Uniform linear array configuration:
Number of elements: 4
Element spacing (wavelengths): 0.5
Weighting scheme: hann
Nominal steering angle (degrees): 60
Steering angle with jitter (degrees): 60.226
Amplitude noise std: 0.05
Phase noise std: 0.05

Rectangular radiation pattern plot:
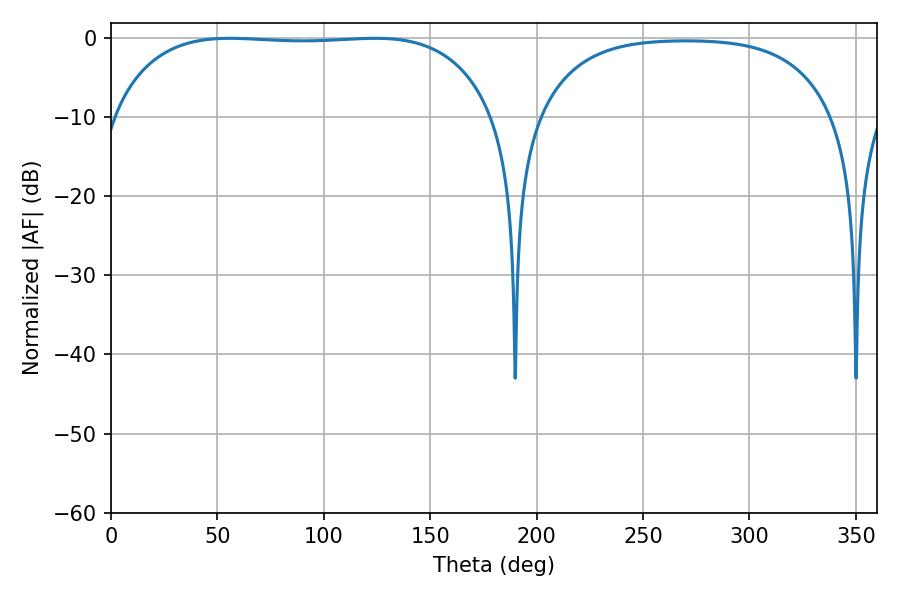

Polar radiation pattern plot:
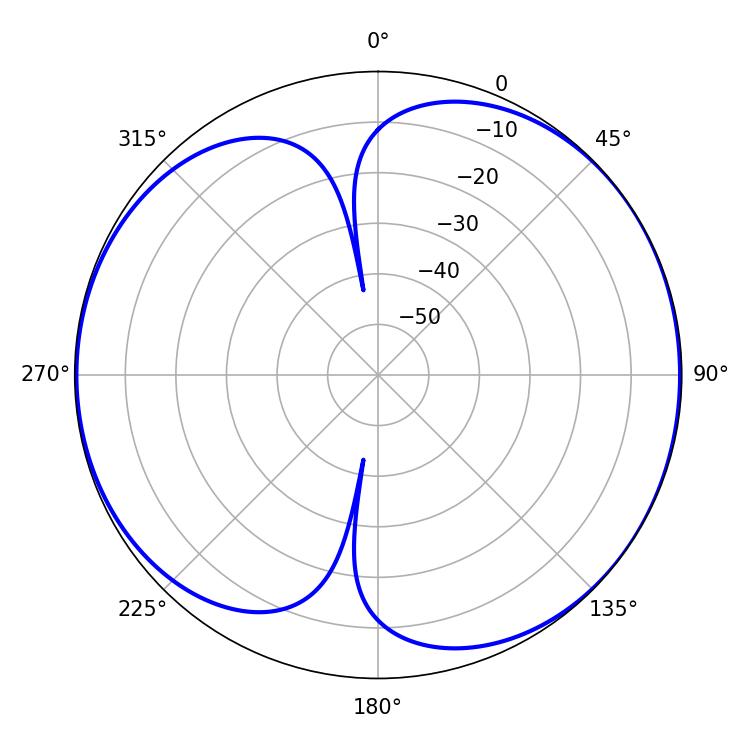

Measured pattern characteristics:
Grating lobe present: FALSE
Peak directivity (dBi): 6.375
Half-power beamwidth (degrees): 141.48
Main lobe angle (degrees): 55.8